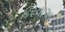
કરવાઅ